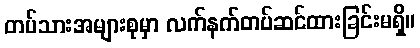
တပ်သားအများစုမှာ လက်နက်တပ်ဆင်ထားခြင်းမရှိ။